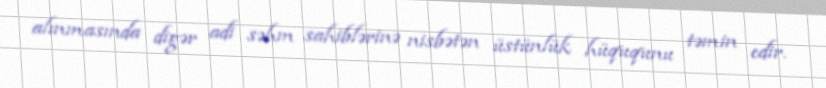
alınmasında digər adi səhm sahiblərinə nisbətən üstünlük hüququnu təmin edir.